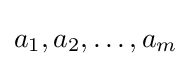
a_{1},a_{2},\ldots ,a_{m}